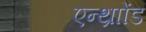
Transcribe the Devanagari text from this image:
एन्थ्राोंड